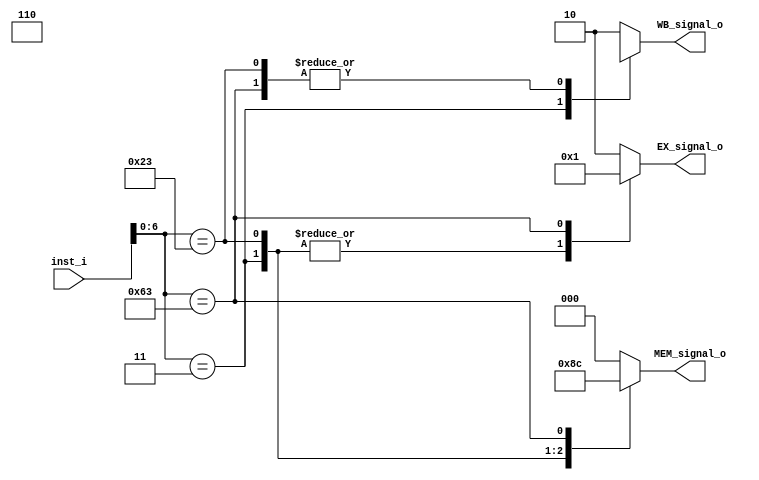
module Control(
	inst_i,     
    EX_signal_o,
    MEM_signal_o, 
    WB_signal_o  
);

input [31:0] 	inst_i;
output reg [1:0] 	EX_signal_o;		// to give signal to ALUSrc/ALUOp	
output reg [2:0] 	MEM_signal_o;	// to give signal to MemRead/MemWrite/Branch each for 1bit
output reg [1:0] 	WB_signal_o;		// to give signal to RegWrite/MemtoReg each for 1bit

always	@(inst_i) begin
	
	case(inst_i[6:0])	
		7'b0000011:	WB_signal_o = 2'b11;	//load 	// index: n<-0 
		7'b0100011:	WB_signal_o = 2'b0x;	//store
		7'b1100011:	WB_signal_o = 2'b0x;	//beq
		default:	WB_signal_o = 2'b10;	//R format
	endcase

	case(inst_i[6:0])
		7'b0000011:	MEM_signal_o = 3'b010;	//load
		7'b0100011:	MEM_signal_o = 3'b001;	//store
		7'b1100011:	MEM_signal_o = 3'b100;	//beq
		default:	MEM_signal_o = 3'b000;  //R format
	endcase
	
	case(inst_i[6:0])
		7'b0000011:	EX_signal_o = 2'b00;	//load
		7'b0100011:	EX_signal_o = 2'b00;	//store
		7'b1100011:	EX_signal_o = 2'b01;	//beq
		7'b1100011: EX_signal_o = 2'b11;	// addi
		default:	EX_signal_o = 2'b10;    //R format
	endcase


end


  
endmodule